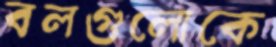
বলগুলোকে